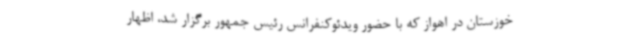
خوزستان در اهواز که با حضور ویدئوکنفرانس رئیس جمهور برگزار شد، اظهار